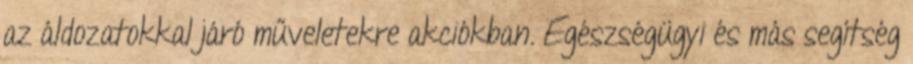
az áldozatokkal járó műveletekre akciókban. Egészségügyi és más segítség